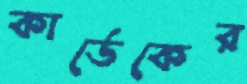
কার্ডেকের